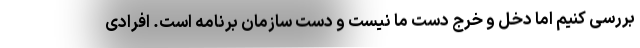
بررسی کنیم اما دخل و خرج دست ما نیست و دست سازمان برنامه است. افرادی